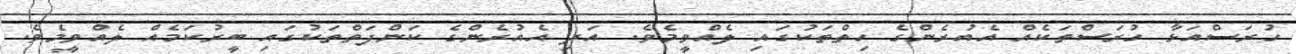
ހުރަސްއަޅާ ހުރަސްތަކެއް އެއުރެންގެ ހިތްތަކުގައި ލެއްވީމެވެ. އަދި އެއުރެންގެ ކަންފަތްތަކުގައި ބީރުކަމެއް ލެއްވީމެވެ.